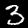
Label: 3